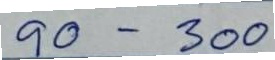
90 - 300